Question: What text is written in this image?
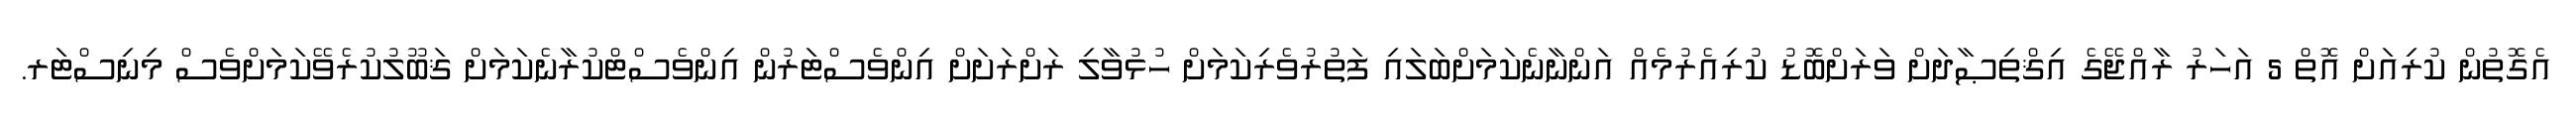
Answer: އެގޮތުން ކުރިއަށް އޮތް 5 އަހަރު ރާއްޖޭގެ އިޤްތިޞާދަށް ވަރަށްބޮޑު ކުރިއެރުމެއް އަންނާނެކަމަށްބަލައި ފަތުރުވެރިކަމަށް ހުޅުވާލި ރަށްރަށަށް އިންވެސްޓަރުން އިންވެސްޓްކުރާނެކަމަށް ޤަބޫލުކުރެވޭކަމަށްވެސް މިނިސްޓަރ.